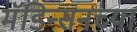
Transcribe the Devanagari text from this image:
मॅडिन्सनच्या